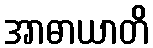
အာဓာယာတိ